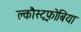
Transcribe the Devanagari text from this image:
क्लौस्ट्रफ़ोबिया